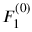
F _ { 1 } ^ { ( 0 ) }